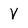
Character: v